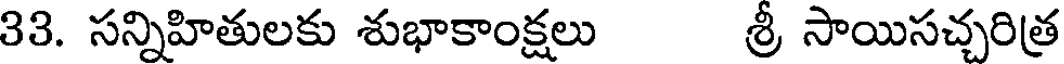
33. సన్నిహితులకు శుభాకాంక్షలు శ్రీ సాయిసచ్చరిత్ర